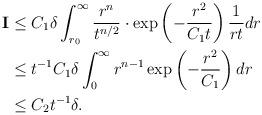
LaTeX: \begin{align*} \mathbf{I}&\leq C_1\delta \int^\infty_{r_0} \frac{ r^n}{t^{n/2}}\cdot \exp\left(-\frac{r^2}{C_1t} \right)\frac{1}{rt} dr\\ &\leq t^{-1} C_1\delta \int^\infty_{0} r^{n-1} \exp\left(-\frac{r^2}{C_1} \right) dr\\ &\leq C_2t^{-1}\delta. \end{align*}